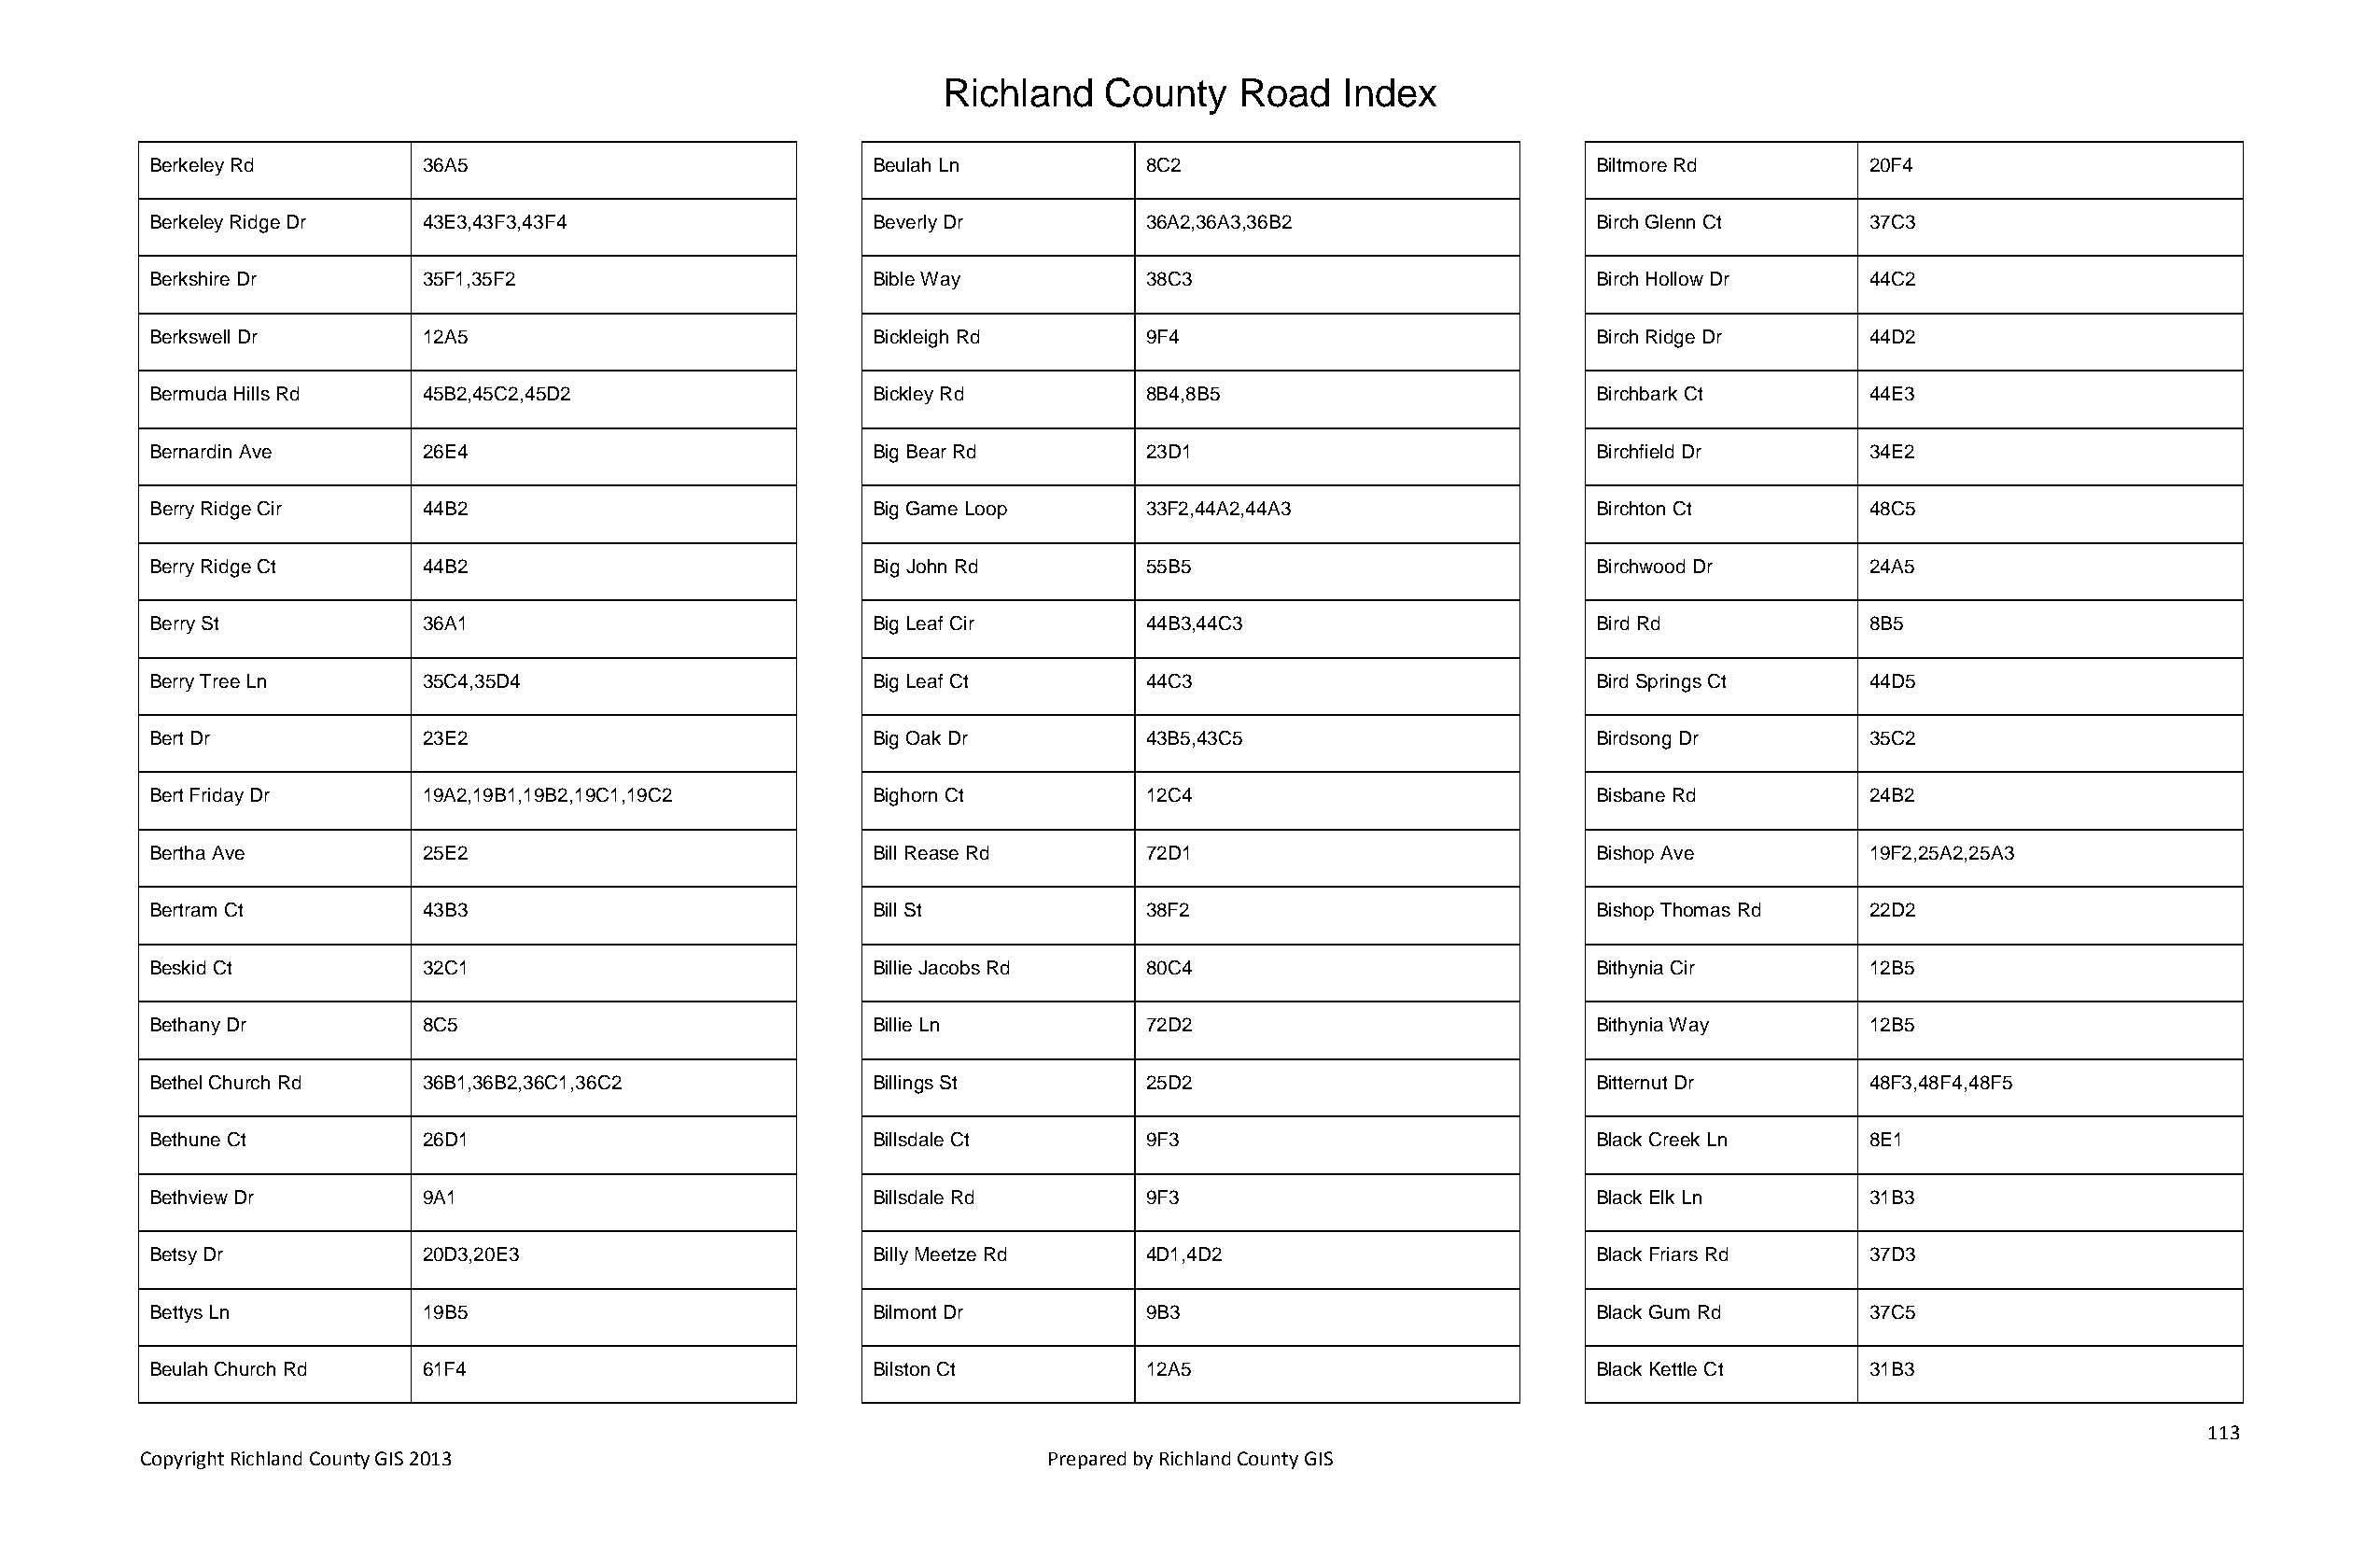
Richland   County    Road   Index
 Berkeley Rd        36A5                            Beulah Ln          8C2                             Biltmore Rd         20F4
 Berkeley Ridge Dr  43E3,43F3,43F4                  Beverly Dr         36A2,36A3,36B2                  Birch Glenn Ct      37C3
 Berkshire Dr       35F1,35F2                       Bible Way          38C3                            Birch Hollow Dr     44C2
 Berkswell Dr       12A5                            Bickleigh Rd       9F4                             Birch Ridge Dr      44D2
 Bermuda Hills Rd   45B2,45C2,45D2                  Bickley Rd         8B4,8B5                         Birchbark Ct        44E3
 Bernardin Ave      26E4                            Big Bear Rd        23D1                            Birchfield Dr       34E2
 Berry Ridge Cir    44B2                            Big Game Loop      33F2,44A2,44A3                  Birchton Ct         48C5
 Berry Ridge Ct     44B2                            Big John Rd        55B5                            Birchwood Dr        24A5
 Berry St           36A1                            Big Leaf Cir       44B3,44C3                       Bird Rd             8B5
 Berry Tree Ln      35C4,35D4                       Big Leaf Ct        44C3                            Bird Springs Ct     44D5
 Bert Dr            23E2                            Big Oak Dr         43B5,43C5                       Birdsong Dr         35C2
 Bert Friday Dr     19A2,19B1,19B2,19C1,19C2        Bighorn Ct         12C4                            Bisbane Rd          24B2
 Bertha Ave         25E2                            Bill Rease Rd      72D1                            Bishop Ave          19F2,25A2,25A3
 Bertram Ct         43B3                            Bill St            38F2                            Bishop Thomas Rd    22D2
 Beskid Ct          32C1                            Billie Jacobs Rd   80C4                            Bithynia Cir        12B5
 Bethany Dr         8C5                             Billie Ln          72D2                            Bithynia Way        12B5
 Bethel Church Rd   36B1,36B2,36C1,36C2             Billings St        25D2                            Bitternut Dr        48F3,48F4,48F5
 Bethune Ct         26D1                            Billsdale Ct       9F3                             Black Creek Ln      8E1
 Bethview Dr        9A1                             Billsdale Rd       9F3                             Black Elk Ln        31B3
 Betsy Dr           20D3,20E3                       Billy Meetze Rd    4D1,4D2                         Black Friars Rd     37D3
 Bettys Ln          19B5                            Bilmont Dr         9B3                             Black Gum Rd        37C5
 Beulah Church Rd   61F4                            Bilston Ct         12A5                            Black Kettle Ct     31B3
 113
 Copyright Richland County GIS 2013                              Prepared by Richland County GIS